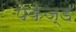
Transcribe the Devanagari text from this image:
पेकेज्ड